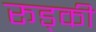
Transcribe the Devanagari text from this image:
रूड्की